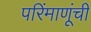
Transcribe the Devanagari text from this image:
परिंमाणूंची